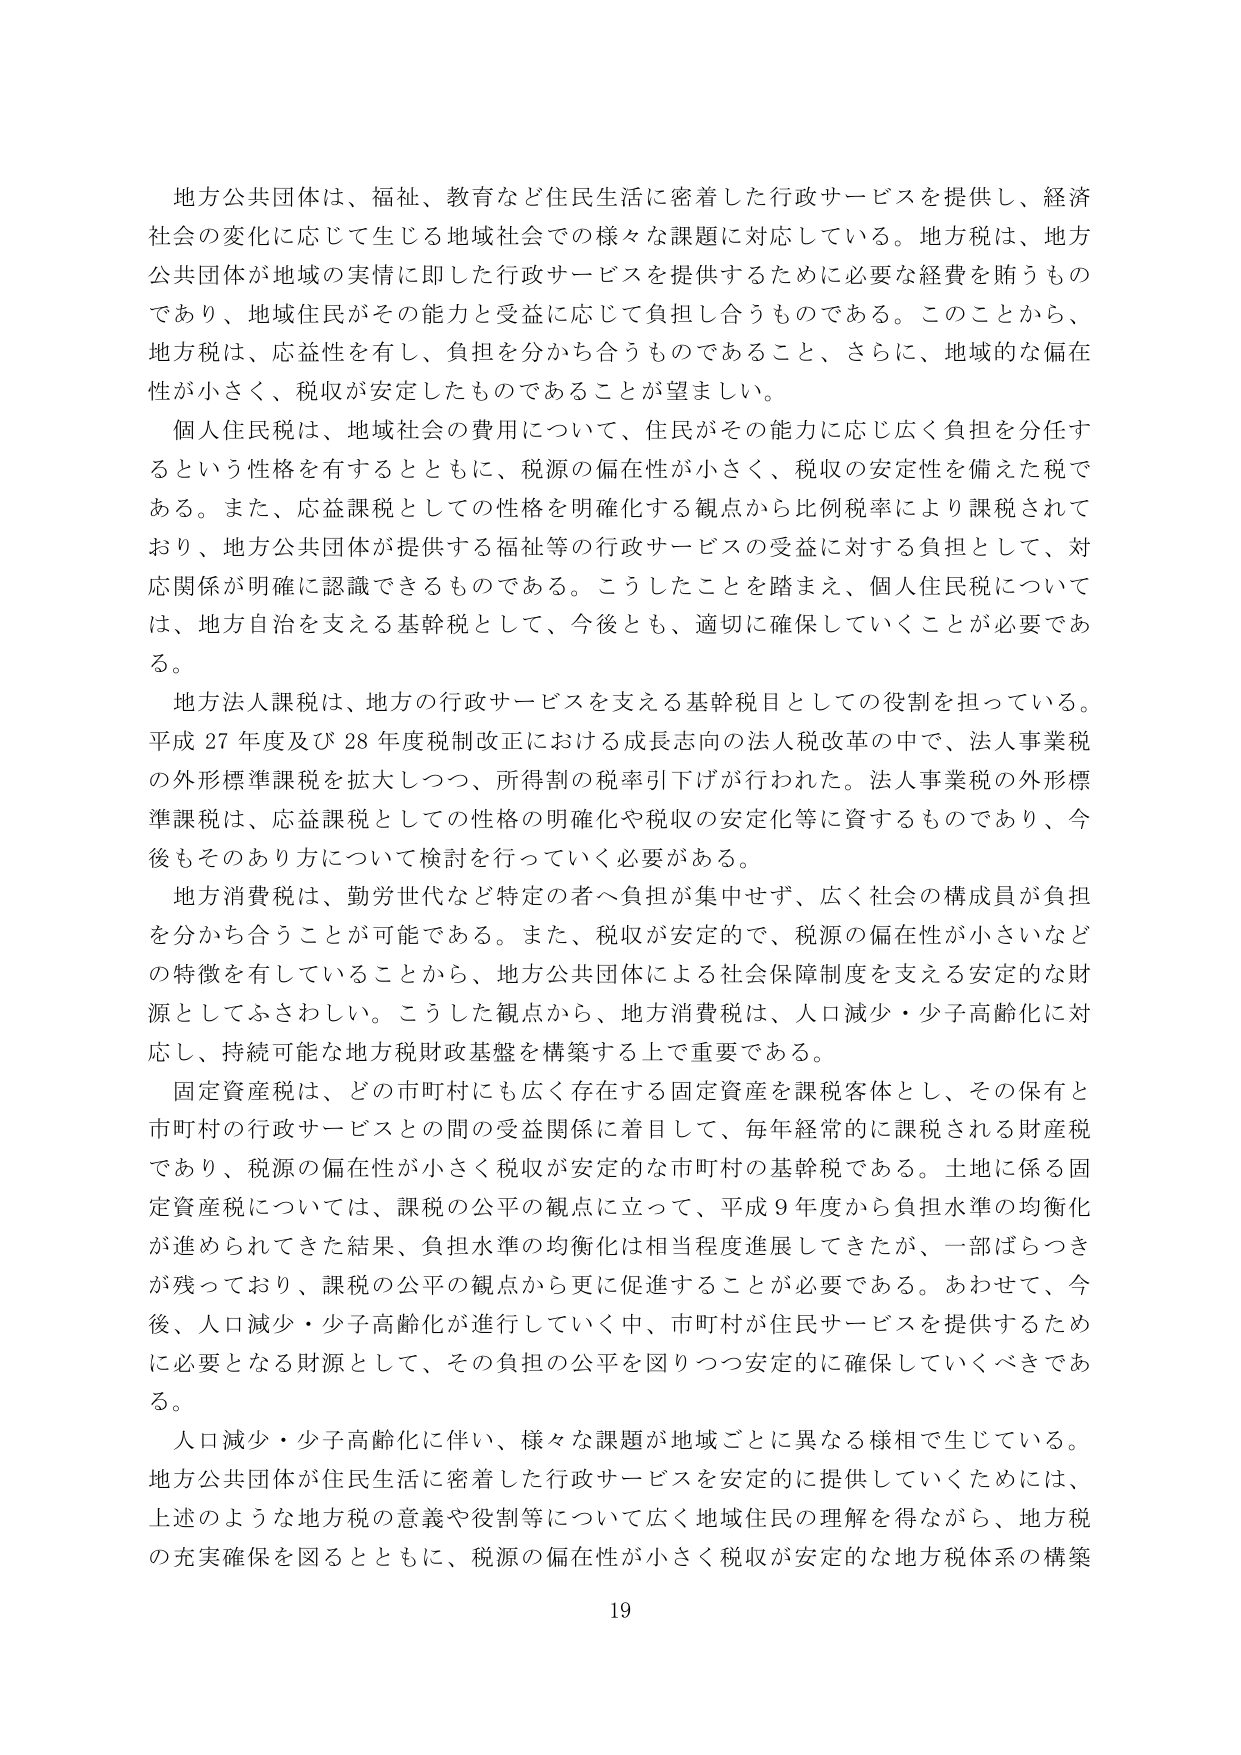
地方公共団体は、福祉、教育など住民生活に密着した行政サービスを提供し、経済社会の変化に応じて生じる地域社会での様々な課題に対応している。地方税は、地方公共団体が地域の実情に即した行政サービスを提供するために必要な経費を賄うものであり、地域住民がその能力と受益に応じて負担し合うものである。このことから、地方税は、応益性を有し、負担を分かち合うものであること、さらに、地域的な偏在性が小さく、税収が安定したものであることが望ましい。

個人住民税は、地域社会の費用について、住民がその能力に応じ広く負担を分任するという性格を有するとともに、税源の偏在性が小さく、税収の安定性を備えた税である。また、応益課税としての性格を明確化する観点から比例税率により課税されており、地方公共団体が提供する福祉等の行政サービスの受益に対する負担として、対応関係が明確に認識できるものである。こうしたことを踏まえ、個人住民税については、地方自治を支える基幹税として、今後とも、適切に確保していくことが必要である。

地方法人課税は、地方の行政サービスを支える基幹税目としての役割を担っている。平成27年度及び28年度税制改正における成長志向の法人税改革の中で、法人事業税の外形標準課税を拡大しつつ、所得割の税率引下げが行われた。法人事業税の外形標準課税は、応益課税としての性格の明確化や税収の安定化等に資するものであり、今後もそのあり方について検討を行っていく必要がある。

地方消費税は、勤労世代など特定の者へ負担が集中せず、広く社会の構成員が負担を分かち合うことが可能である。また、税収が安定的で、税源の偏在性が小さいなどの特徴を有していることから、地方公共団体による社会保障制度を支える安定的な財源としてふさわしい。こうした観点から、地方消費税は、人口減少・少子高齢化に対応し、持続可能な地方税財政基盤を構築する上で重要である。

固定資産税は、どの市町村にも広く存在する固定資産を課税客体とし、その保有と市町村の行政サービスとの間の受益関係に着目して、毎年経常的に課税される財産税であり、税源の偏在性が小さく税収が安定的な市町村の基幹税である。土地に係る固定資産税については、課税の公平の観点に立って、平成9年度から負担水準の均衡化が進められてきた結果、負担水準の均衡化は相当程度進展してきたが、一部ばらつきが残っており、課税の公平の観点から更に促進することが必要である。あわせて、今後、人口減少・少子高齢化が進行していく中、市町村が住民サービスを提供するために必要となる財源として、その負担の公平を図りつつ安定的に確保していくべきである。

人口減少・少子高齢化に伴い、様々な課題が地域ごとに異なる様相で生じている。地方公共団体が住民生活に密着した行政サービスを安定的に提供していくためには、上述のような地方税の意義や役割等について広く地域住民の理解を得ながら、地方税の充実確保を図るとともに、税源の偏在性が小さく税収が安定的な地方税体系の構築

19